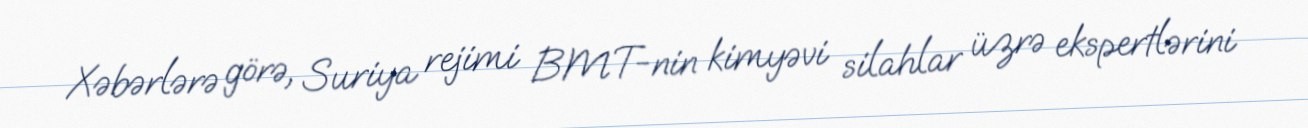
Xəbərlərə görə, Suriya rejimi BMT-nin kimyəvi silahlar üzrə ekspertlərini